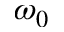
\omega _ { 0 }